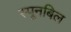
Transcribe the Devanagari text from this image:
स्पूनबिल